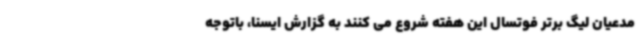
مدعیان لیگ برتر فوتسال این هفته شروع می کنند به گزارش ایسنا، باتوجه